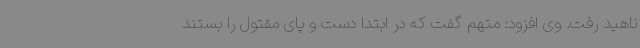
ناهید رفت. وی افزود:‌ متهم گفت که در ابتدا دست و پای مقتول را بستند